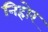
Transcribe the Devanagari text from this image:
निहोर